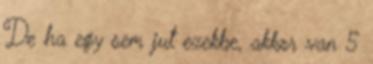
De ha egy sem jut ezekbe, akkor van 5